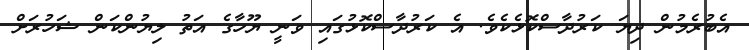
އެބުރެމުން ދިޔަ ކަރުދާސްކޮޅެކެވެ. އެ ކަރުދާސްކޮޅުގައި ވަނީ ޔޫހާގެ އަތު ލިޔުންކަން ޝަހުރަށް